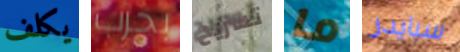
يكلف بحرب تسريح ما سبايدر